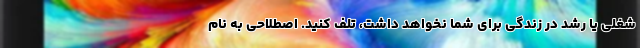
شغلی یا رشد در زندگی برای شما نخواهد داشت، تلف کنید. اصطلاحی به نام